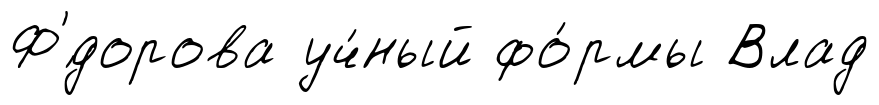
Ф'́дорова уч́ный фо́рмы Влад